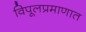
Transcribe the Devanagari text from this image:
विपूलप्रमाणात